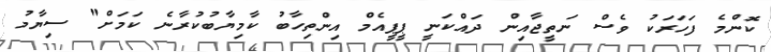
ކޮންމެ ފަހަރަކު ވެސް ނަތީޖާއިން ދައްކަނީ ޕީޕީއެމް އިންތިހާބު ކާމިޔާބުކުރާނެ ކަމަށް" ސިޔާމު